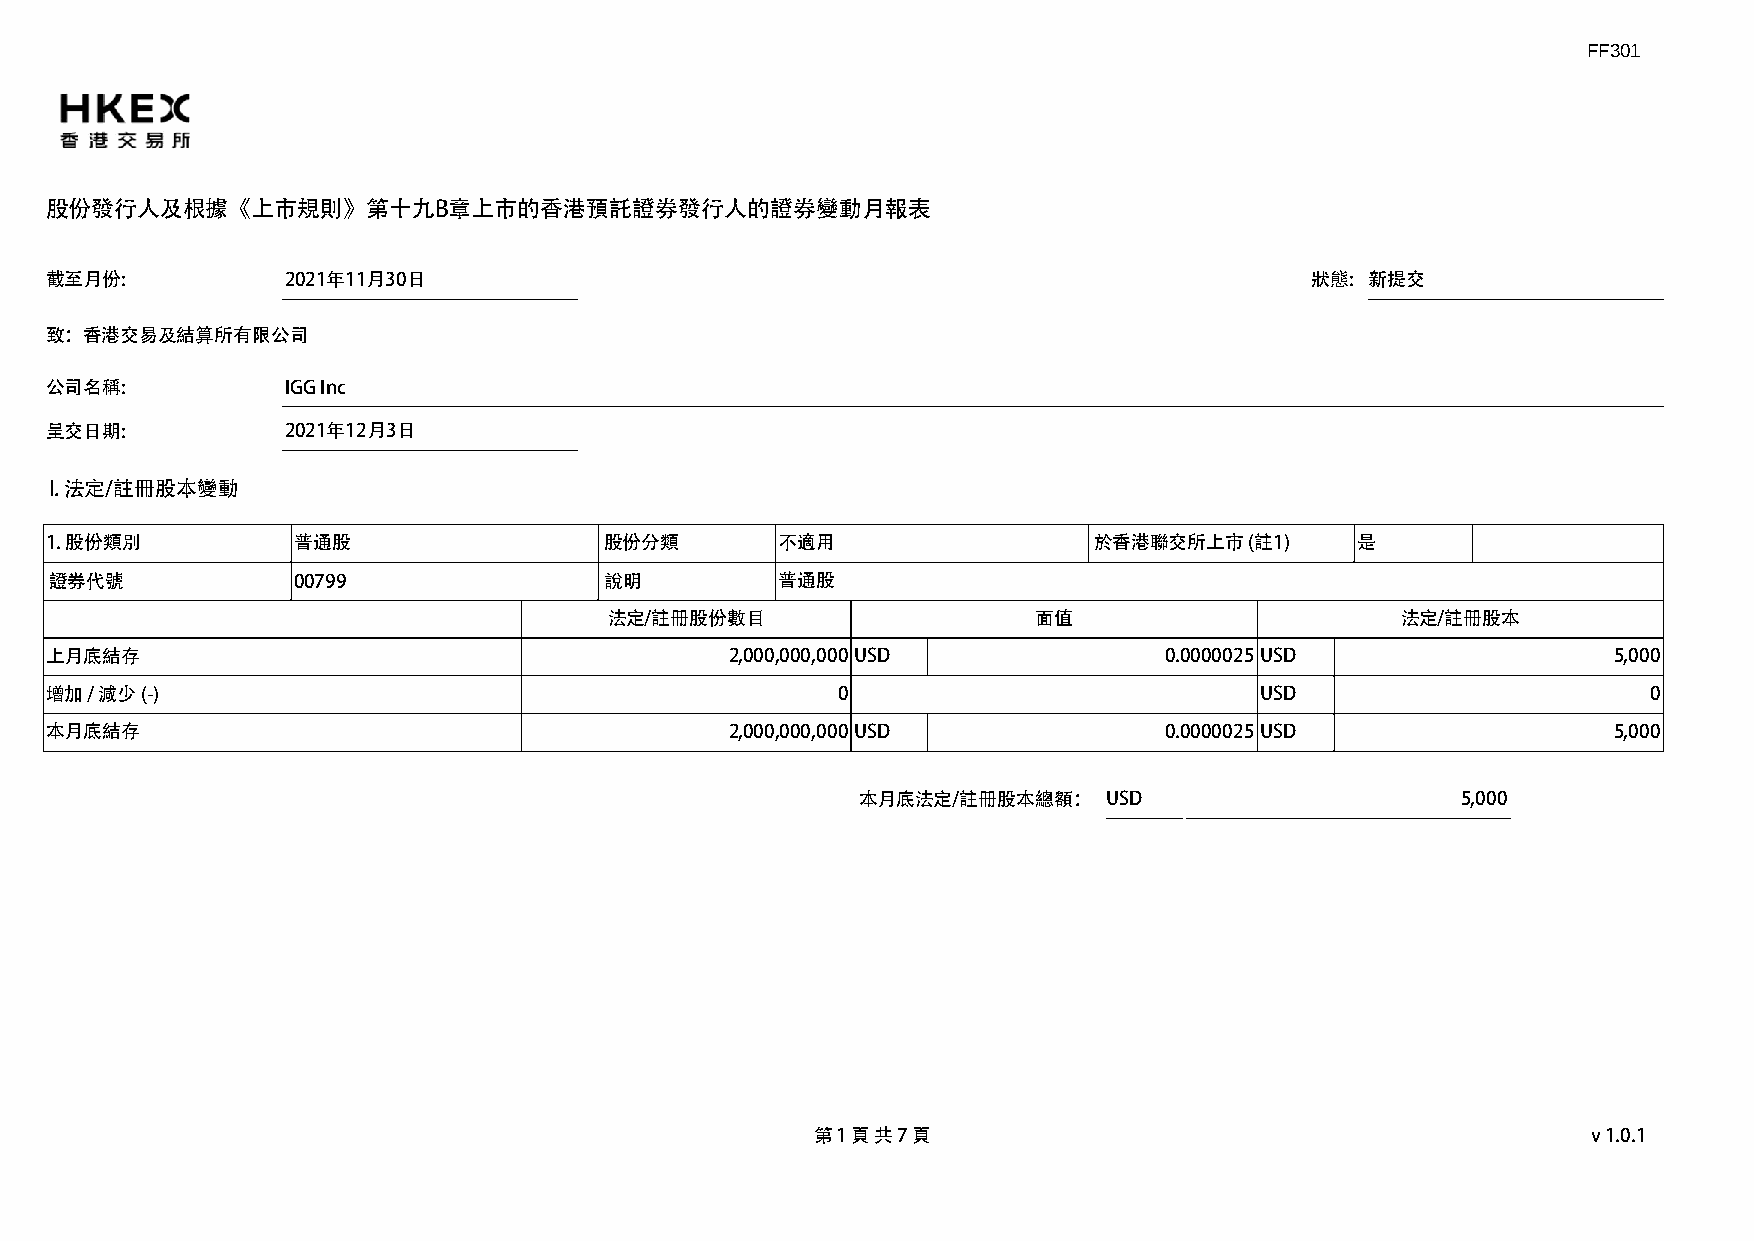
FF301
 股份發行人及根據《上市規則》第十九B章上市的香港預託證券發行人的證券變動月報表
 截至月份:           2021年11月30日                                                         狀態: 新提交
 致：香港交易及結算所有限公司
 公司名稱:           IGG Inc
 呈交日期:           2021年12月3日
 I. 法定/註冊股本變動
 1. 股份類別         普通股                  股份分類        不適用                 於香港聯交所上市   (註1)   是
 證券代號            00799                說明          普通股
 法定/註冊股份數目                    面值                      法定/註冊股本
 上月底結存                                        2,000,000,000USD             0.0000025USD                  5,000
 增加 / 減少 (-)                                         0                           USD                       0
 本月底結存                                        2,000,000,000USD             0.0000025USD                  5,000
 本月底法定/註冊股本總額：   USD                     5,000
 第 1 頁 共 7 頁                                        v1.0.1